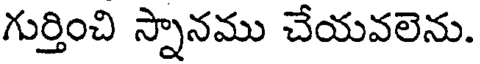
గుర్తించి స్నానము చేయవలెను.